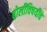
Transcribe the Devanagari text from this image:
बोलींविषयींचे